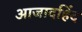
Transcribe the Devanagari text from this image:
आजादहिंद